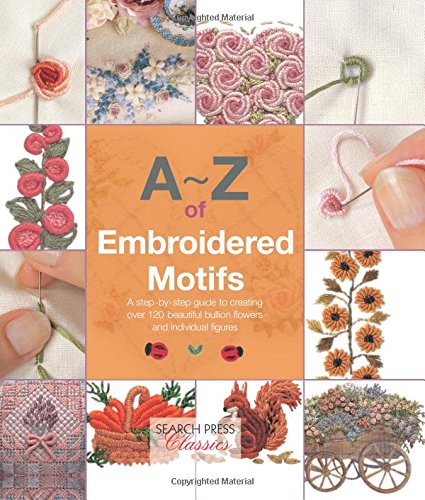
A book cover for A-Z of Embroidered Motifs (A-Z of Needlecraft); Crafts, Hobbies & Home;